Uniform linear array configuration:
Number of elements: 8
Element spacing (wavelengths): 1
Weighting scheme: kaiser
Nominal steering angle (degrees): -60
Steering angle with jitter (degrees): -58.537
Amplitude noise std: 0.05
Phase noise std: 0.05

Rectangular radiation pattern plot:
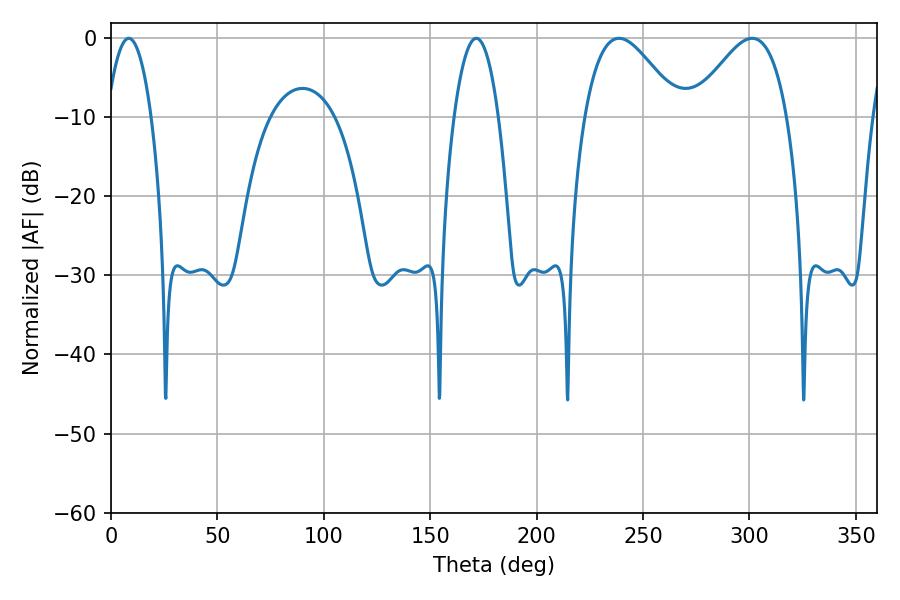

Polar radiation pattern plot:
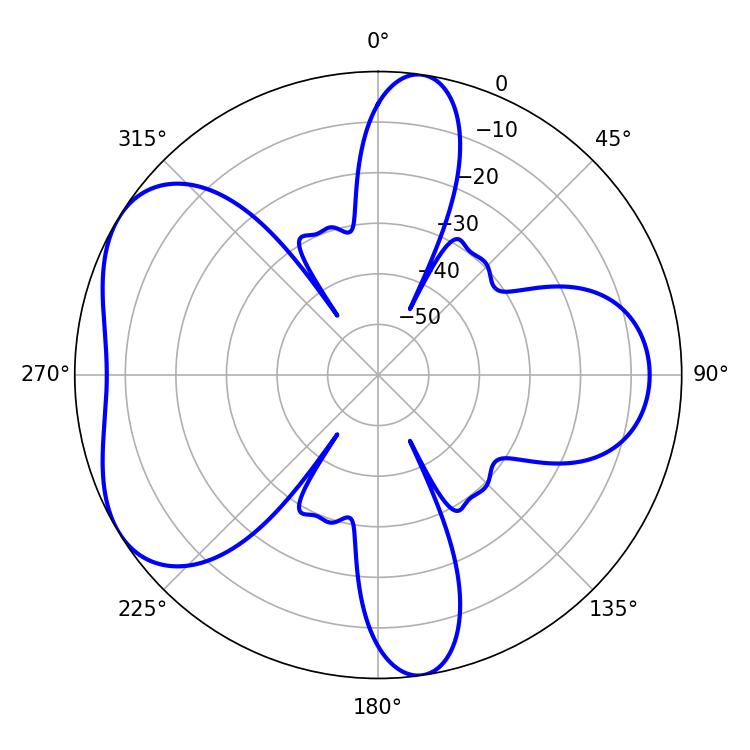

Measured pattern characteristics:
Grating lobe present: TRUE
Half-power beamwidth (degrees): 23.94
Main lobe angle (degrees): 238.68